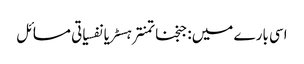
اسی بارے میں: جنجناتمنترہسٹریانفسیاتی مسائل